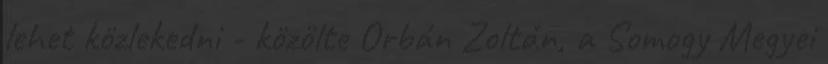
lehet közlekedni - közölte Orbán Zoltán, a Somogy Megyei